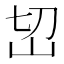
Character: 𰎊